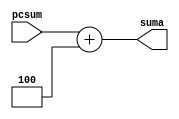
module Adder(
    input [31:0] pcsum, // ¿Cuántos bits se supone que entran? 32?
    output reg[31:0] suma
);

reg [3:0] sig; 

assign sig = 4'b0100; 

always @(*) begin
    suma = pcsum + sig;
end

endmodule